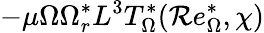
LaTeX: -\mu\Omega\Omega_{r}^{*}L^{3}T_{\Omega}^{*}(\mathcal{R}e_{\Omega}^{*},\chi)